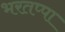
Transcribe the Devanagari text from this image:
भरतप्पा